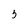
Character: 3